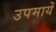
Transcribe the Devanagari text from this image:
उपमायें